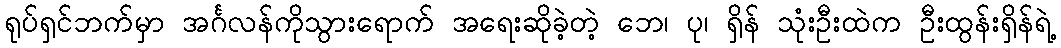
ရုပ်ရှင်ဘက်မှာ အင်္ဂလန်ကိုသွားရောက် အရေးဆိုခဲ့တဲ့ ဘေ၊ ပု၊ ရှိန် သုံးဦးထဲက ဦးထွန်းရှိန်ရဲ့